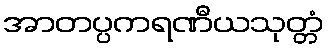
အာတပ္ပကရဏီယသုတ္တံ